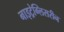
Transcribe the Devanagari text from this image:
नाइट्रेग्लिसरीन